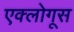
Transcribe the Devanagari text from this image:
एक्लोगूस